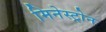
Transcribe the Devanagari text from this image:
मिनेस्ट्रोन